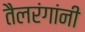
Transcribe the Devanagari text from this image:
तैलरंगांनी